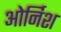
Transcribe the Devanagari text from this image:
ओर्निश